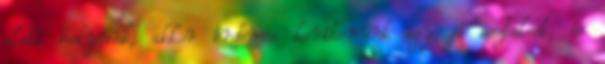
alatt helyünk, akkor érdemes kerítenünk egy jó asztalost, és